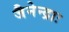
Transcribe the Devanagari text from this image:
जैनेन्द्राः